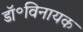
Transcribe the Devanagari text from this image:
डॉ॰विनायक